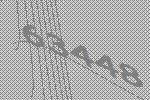
63448